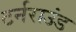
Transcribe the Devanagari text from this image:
टर्नराउंड